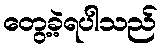
တွေ့ခဲ့ရပါသည်